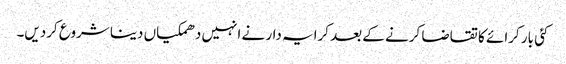
کئی بار کرائے کا تقاضا کرنے کے بعد کرایہ دار نے انہیں دھمکیاں دینا شروع کردیں۔